Lunatic asylums United Provinces 1909-1921 - 1909-1921
Year: 1909
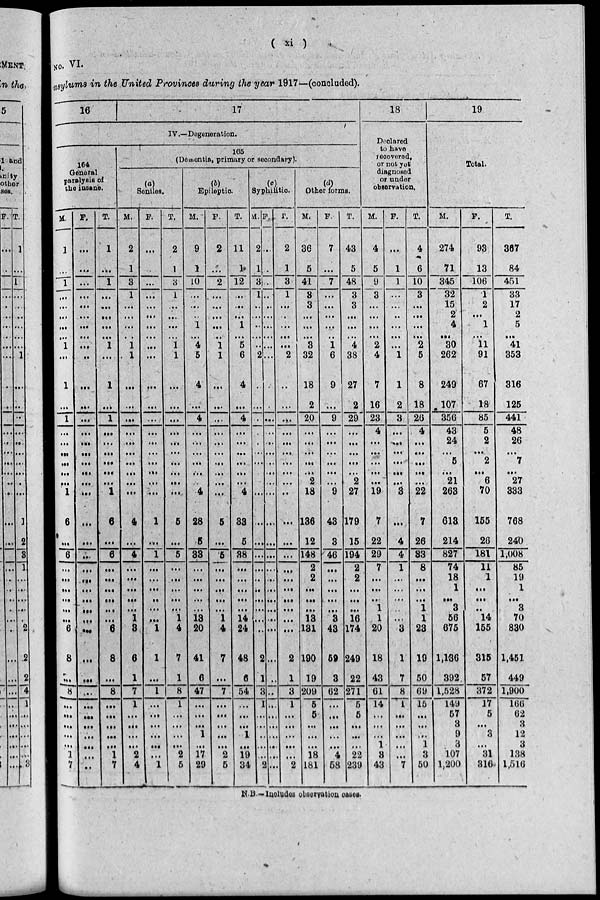
( xi )
NO. VI.
asylums in this United Provinces during the year 1917—(concluded).
16
17
IV .—Degeneration.
164
General
paralysis of
the insanè.
M.
1
...
1
…
...
…
…
…
l
...
1
...
1
…
…
…
...
...
... 1
6
...
6
…
…
…
...
…
…
6
8
...
8
...
...
...
... ...
1
7
F.
…
...
...
...
…
...
...
…
...
…
…
...
…
…
...
...
…
...
...
...
...
…
...
...
...
...
...
...
...
…
...
...
...
...
…
...
…
...
...
...
T.
1
...
1
...
...
... …
…
1
…
1
...
1
...
...
…
…
...
…
1
6
…
6
...
…
…
...
...
... 6
8
...
8
…
…
...
…
...
1
7
165
(Dementia, primary or secondary)
Seniles.
M.
2
1
3
1
…
...
...
…
1
1
…
...
...
...
…
...
...
…
...
…
4
...
4
…
…
...
...
...
1
3
6
1
7
1
...
...
...
...
2
4
F.
...
...
...
…
…
...
…
…
…
…
…
...
...
…
…
...
...
...
…
...
1
…
1
...
...
…
…
...
...
1
1
...
1
…
...
…
...
...
...
1
T.
2
1
3
1
...
…
…
…
1
1
…
...
...
…
...
...
...
…
…
...
5
…
5
...
...
...
…
...
1
4
7
1
8
1
...
…
...
...
2
5
Epileptic
M.
9
1
10
...
...
...
1
...
4
5
4
...
4
...
...
...
...
...
...
4
28
5
33
…
...
…
…
…
13
20
41
6
47
…
...
...
1
...
17
29
F.
2
…
2
...
…
...
…
...
1
1
...
…
...
...
...
...
...
…
...
…
5
...
5
…
...
...
...
...
1
4
7
…
7
...
…
...
...
...
2
5
T.
11
1
12
...
...
…
1
…
5
6
4
...
4
…
...
…
...
...
...
4
33
5
38
…
...
…
…
...
14
24
48
6
54
...
...
…
1
...
19
34
Syphilitic.
M.
2
1
3
1
...
...
...
...
...
2
…
...
…
…
…
...
...
...
...
...
...
...
...
...
…
...
...
…
…
...
2
1
3
1
...
...
…
...
...
2
F.
...
...
...
...
...
…
...
...
...
...
...
...
…
…
...
...
...
…
...
...
…
...
…
...
…
...
...
…
...
…
…
...
…
...
…
…
…
...
...
...
T.
2
1
3
1
...
...
...
...
...
2
...
...
...
...
...
...
...
...
...
…
...
…
…
...
...
…
...
…
...
…
2
1
3
1
…
…
…
...
...
2
Other forms.
M.
36
5
41
3
3
...
...
...
3
32
18
2
20
...
...
...
...
...
2
18
186
12
148
2
2
...
...
...
13
131
190
19
209
5
5
...
...
...
18
181
F.
7
...
7
...
...
...
...
...
1
6
9
...
9
...
...
...
...
…
...
9
48
8
46
…
...
…
…
...
3
43
59
3
62
...
...
...
...
...
4
58
T.
43
5
48
3
3
...
...
...
4
38
27
2
29
...
…
…
…
…
2
27
179
15
194
2
2
…
…
…
16
174
249
22
271
5
5
...
...
...
22
239
18
Declared
to have
recovered,
or not yet
diagnosed
or under
observation.
M.
4
5
9
3
...
...
...
...
2
4
7
16
23
4
...
…
...
…
...
19
7
22
29
7
...
…
…
1
1
20
18
43
61
14
...
...
...
1
3
43
F.
...
1
1
...
...
...
...
...
...
1
1
2
3
…
...
...
...
...
…
3
...
4
4
1
...
…
…
...
…
3
1
7
8
1
...
...
...
...
...
7
T.
4
6
10
3
...
...
...
...
2
5
8
18
26
4
...
...
...
...
...
22
7
26
88
8
…
…
...
1
1
23
19
50
69
15
...
...
...
1
3
50
19
Total.
M.
274
71
345
32
15
2
4
...
30
262
249
107
356
43
24
...
5
...
21
263
613
214
827
74
18
1
...
3
56
675
1,136
392
1,528
149
57
3
9
3
107
1,200
F.
93
13
106
1
2
...
1
...
11
91
67
18
85
5
2
...
2
...
6
70
155
26
181
11
1
...
...
...
14
155
315
57
372
17
5
...
3
...
31
316
T.
367
84
451
33
17
2
5
...
41
353
316
125
441
48
26
...
7
...
27
333
768
240
1,008
85
19
1
...
8
70
880
1,451
449
1,900
166
62
3
12
3
138
1,516
N.B. —Includes observation cases.